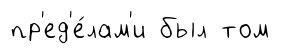
пр'ед'е́лам'и был том